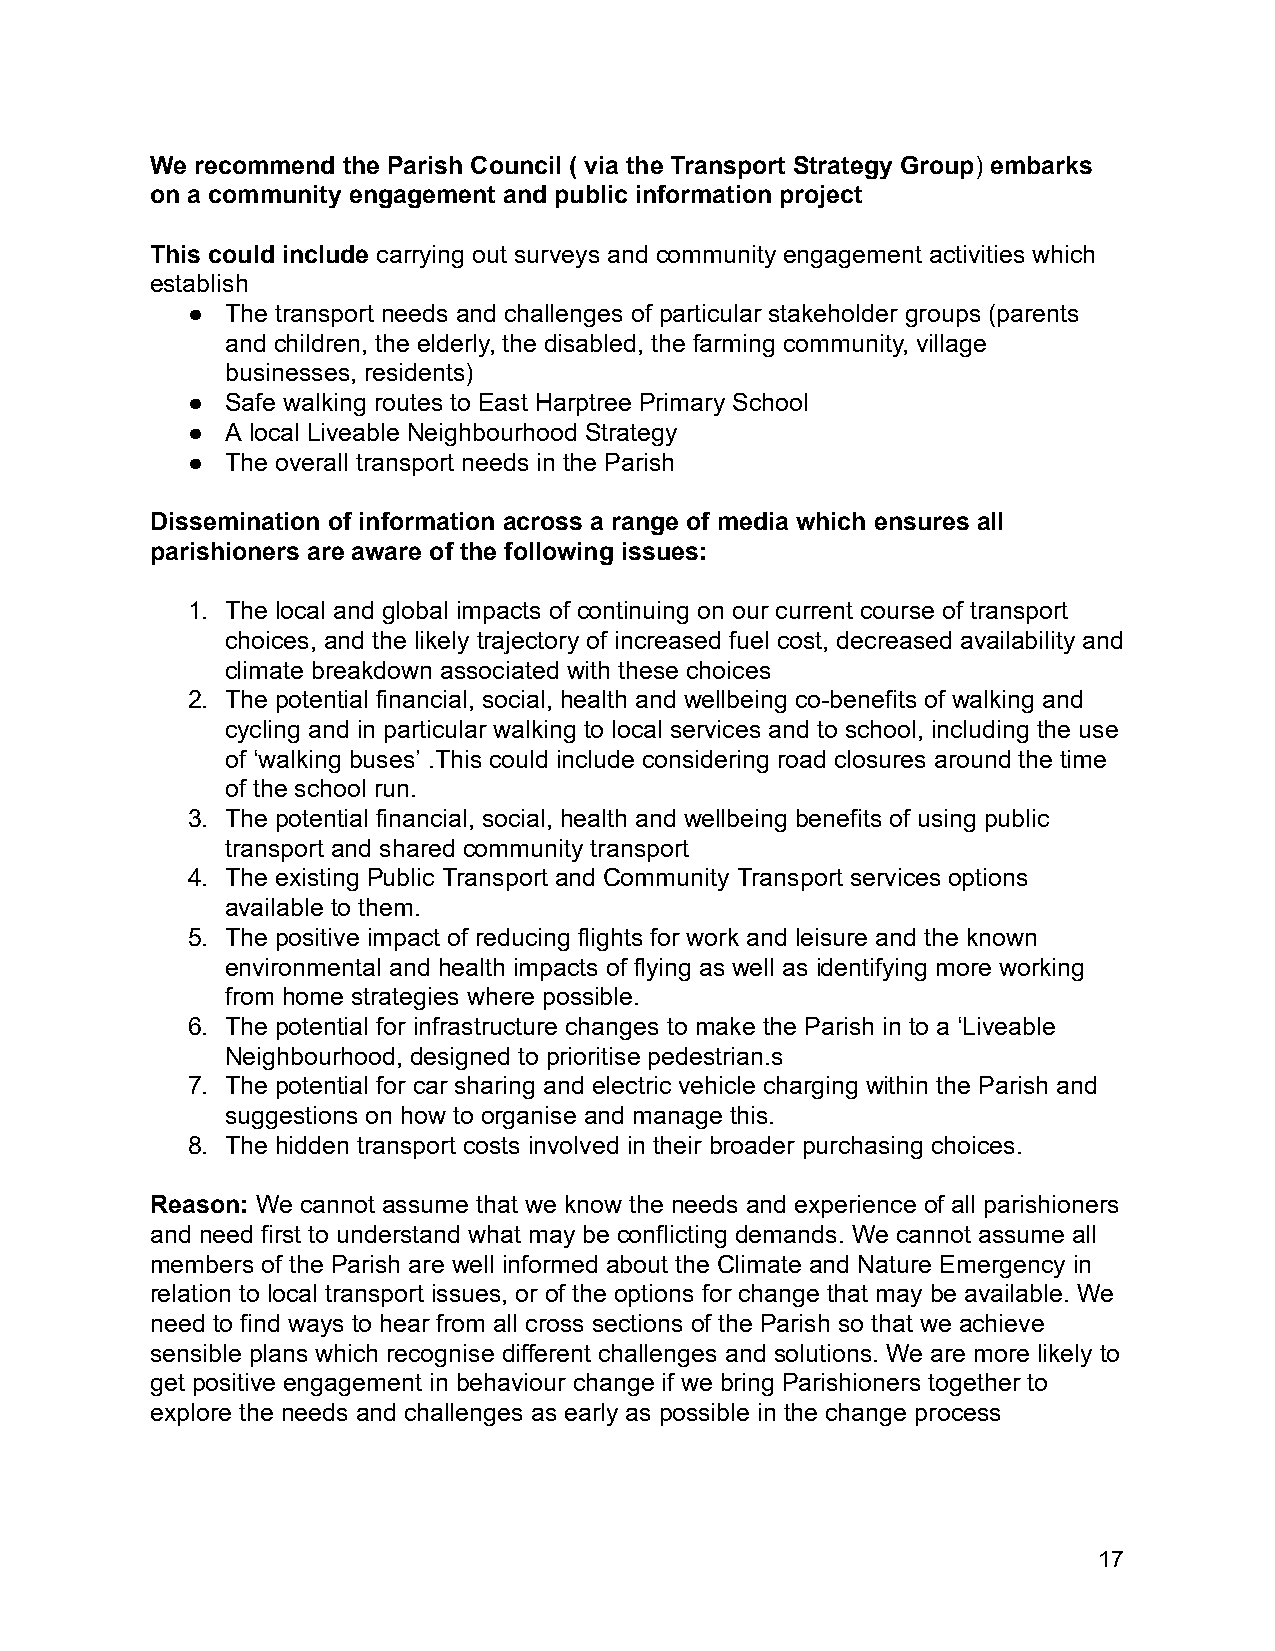
We recommend the Parish Council ( via the Transport Strategy Group) e mbarks
 on a community engagement and public information project
 This could include c arrying out surveys and community engagement activities which
 establish
 ●  The transport needs and challenges of particular stakeholder groups (parents
 and children, the elderly, the disabled, the farming community, village
 businesses, residents)
 ●  Safe walking routes to East Harptree Primary School
 ●  A local Liveable Neighbourhood Strategy
 ●  The overall transport needs in the Parish
 Dissemination of information across a range of media which ensures all
 parishioners are aware of the following issues:
 1. The local and global impacts of continuing on our current course of transport
 choices, and the likely trajectory of increased fuel cost, decreased availability and
 climate breakdown associated with these choices
 2. The potential financial, social, health and wellbeing co-benefits of walking and
 cycling and in particular walking to local services and to school, including the use
 of ‘walking buses’ .This could include considering road closures around the time
 of the school run.
 3. The potential financial, social, health and wellbeing benefits of using public
 transport and shared community transport
 4. The existing Public Transport and Community Transport services options
 available to them.
 5. The positive impact of reducing flights for work and leisure and the known
 environmental and health impacts of flying as well as identifying more working
 from home strategies where possible.
 6. The potential for infrastructure changes to make the Parish in to a ‘Liveable
 Neighbourhood, designed to prioritise pedestrian.s
 7. The potential for car sharing and electric vehicle charging within the Parish and
 suggestions on how to organise and manage this.
 8. The hidden transport costs involved in their broader purchasing choices.
 Reason: W e cannot assume that we know the needs and experience of all parishioners
 and need first to understand what may be conflicting demands. We cannot assume all
 members of the Parish are well informed about the Climate and Nature Emergency in
 relation to local transport issues, or of the options for change that may be available. We
 need to find ways to hear from all cross sections of the Parish so that we achieve
 sensible plans which recognise different challenges and solutions. We are more likely to
 get positive engagement in behaviour change if we bring Parishioners together to
 explore the needs and challenges as early as possible in the change process
 17